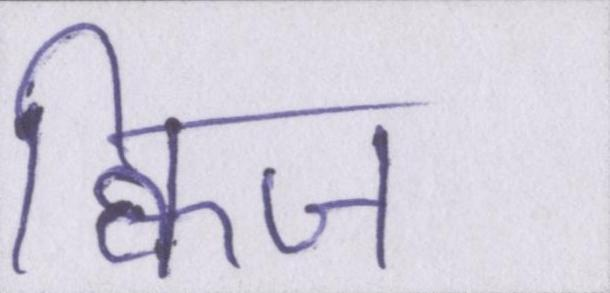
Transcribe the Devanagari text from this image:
क्विज